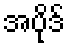
အပိုဒ်